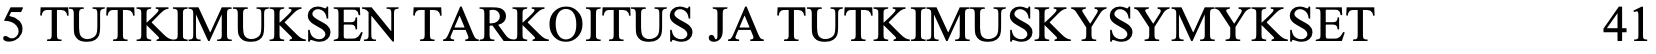
5 TUTKIMUKSEN TARKOITUS JA TUTKIMUSKYSYMYKSET        41